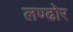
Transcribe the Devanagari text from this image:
लण्ढोर